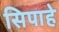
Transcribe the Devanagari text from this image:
सिपाहे